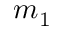
m _ { 1 }